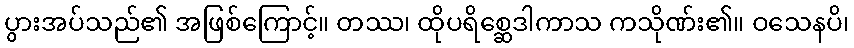
ပွားအပ်သည်၏ အဖြစ်ကြောင့်။ တဿ၊ ထိုပရိစ္ဆေဒါကာသ ကသိုဏ်း၏။ ဝသေနပိ၊